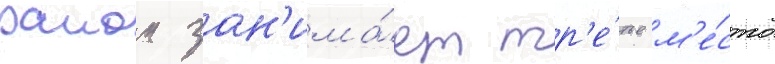
раион зан'има́ет тр'е́тье м'е́сто